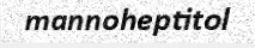
mannoheptitol